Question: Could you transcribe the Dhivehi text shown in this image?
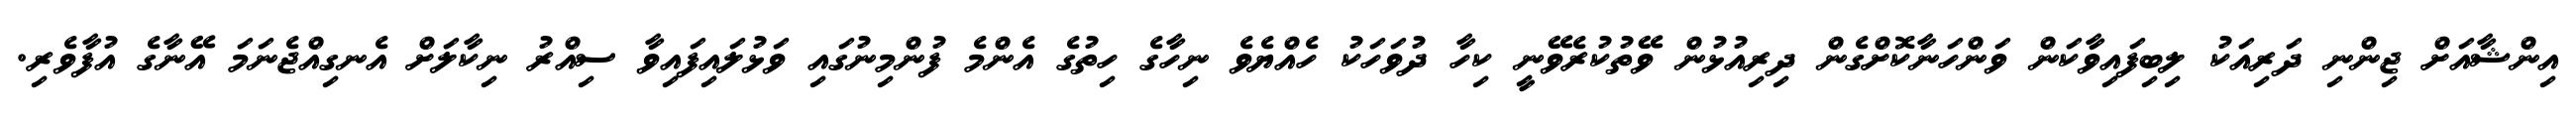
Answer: އިންޝާއަށް ޖިންނި ދަރިއަކު ލިބިފައިވާކަން ވަންހަނާކޮށްގެން ދިރިއުޅުން ވޭތުކުރެވޭނީ ކިހާ ދުވަހަކު ހެއްޔެވެ ނިހާގެ ހިތުގެ އެންމެ ފުންމިނުގައި ވަޅުލައިފައިވާ ސިއްރު ނިކާލަށް އެނގިއްޖެނަމަ އޭނާގެ އުފާވެރި.